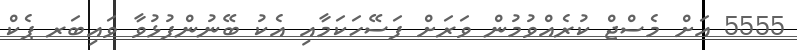
5555 އަށް މެސްޖް ކުރެއްވުމުން ވަރަށް ފަސޭހަކަމާއި އެކު ބޭނުންފުޅުވާ ވައިބަރ ޕެކް